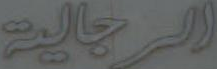
الرجالية